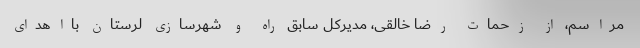
مراسم، از زحمات رضا خالقی، مدیرکل سابق راه و شهرسازی لرستان بااهدای